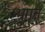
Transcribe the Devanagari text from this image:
भ्रमन